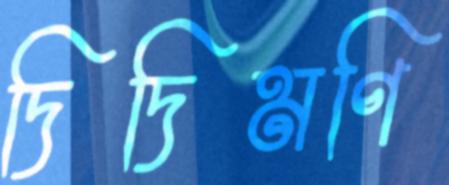
দিদিমণি